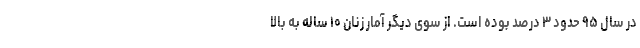
در سال ۹۵ حدود ۳ درصد بوده است. از سوی دیگر آمار زنان ۱۰ ساله به بالا